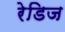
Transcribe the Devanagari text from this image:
रेडिज